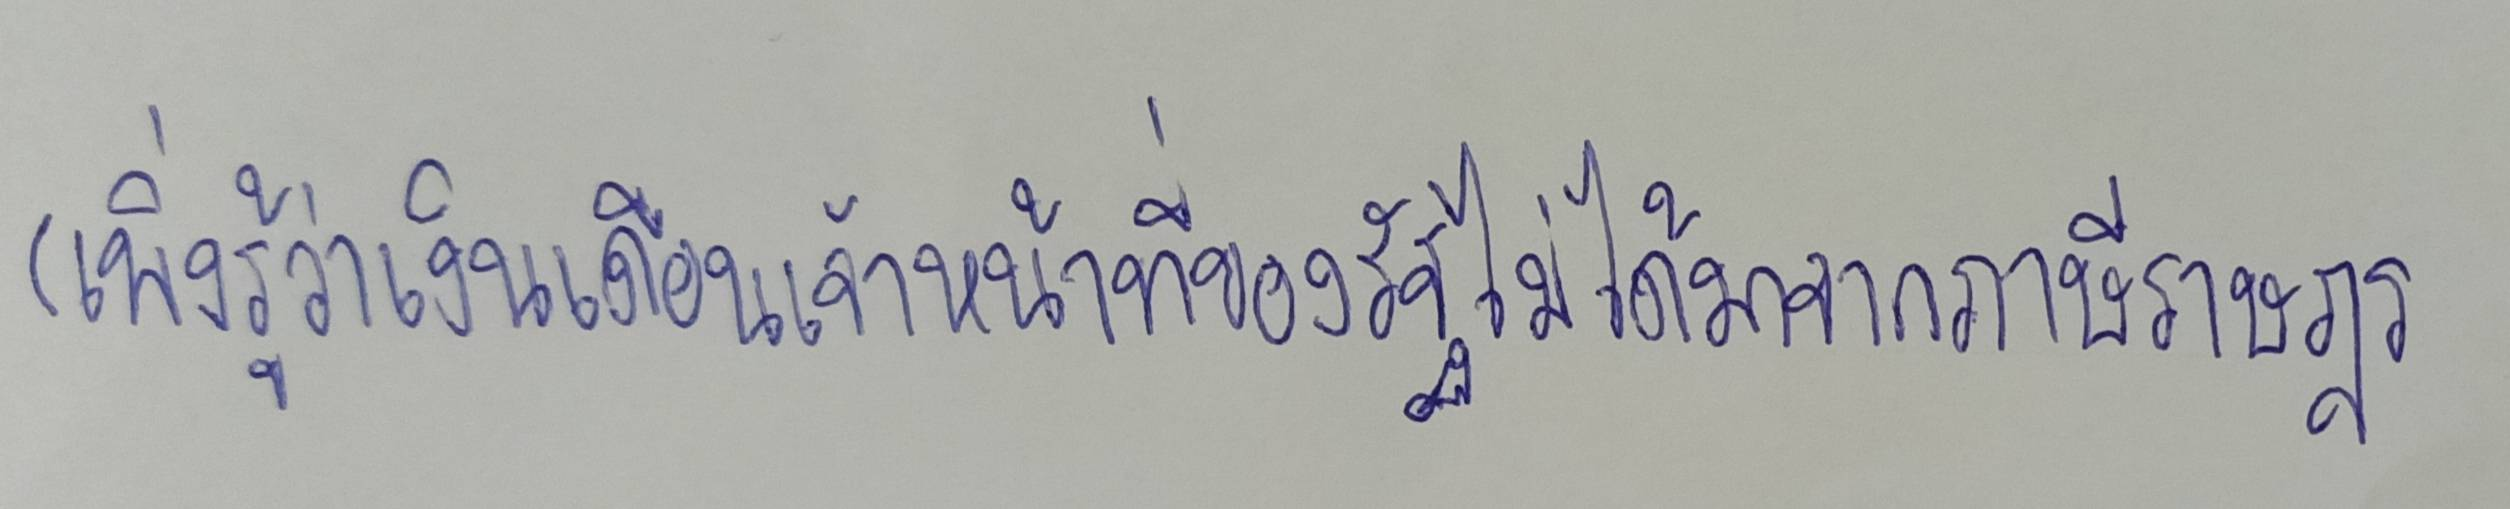
(เพิ่งรู้ว่าเงินเดือนเจ้าหน้าที่ของรัฐไม่ได้มาจากภาษีราษฎร